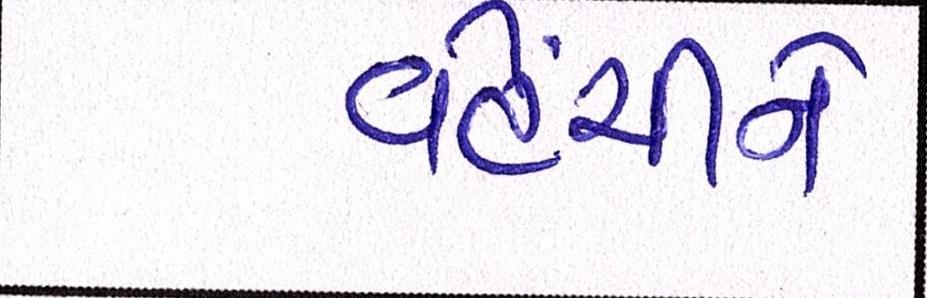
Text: વહેંચીને